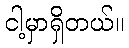
ငါ့မှာရှိတယ်။